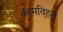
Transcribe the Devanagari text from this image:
कामवि्हल